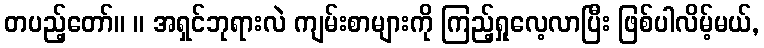
တပည့်တော်။ ။ အရှင်ဘုရားလဲ ကျမ်းစာများကို ကြည့်ရှုလေ့လာပြီး ဖြစ်ပါလိမ့်မယ်,